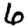
Digit: 6